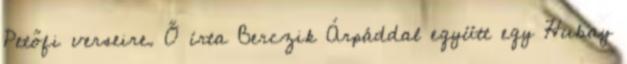
Petőfi verseire. Ő írta Berczik Árpáddal együtt egy Hubay